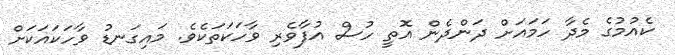
ކެއުމުގެ މެދާ ހަމައަށް ދަންދެން އޮތީ ހުސް އުފާވެރި ވާހަކަތަކެވެ. މައިގަނޑު ވާހަކައަކަށް